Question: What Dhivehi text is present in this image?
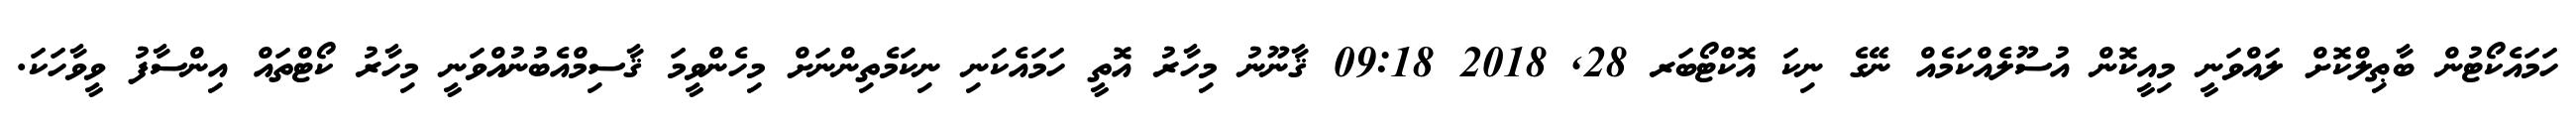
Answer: ހަމައެކޯޓުން ބާޠިލްކޮށް ލައްވަނީ މިއީކޮން އުސޫލެއްކަމެއް ނޭގެ ނިކަ އޮކްޓޯބަރ 28, 2018 09:18 ޤާނޫނު މިހާރު އޮތީ ހަމައެކަނި ނިކަމެތިންނަށް މިހެންވީމަ ޤާސިމްއެބުނުއްވަނީ މިހާރު ކޯޓްތައް އިންސާފު ވީވާހަކަ.